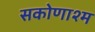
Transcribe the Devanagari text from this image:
सकोणाश्म